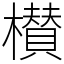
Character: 櫕